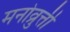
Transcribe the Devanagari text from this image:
मनोव्रुत्ती